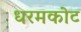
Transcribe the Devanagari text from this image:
धरमकोट